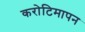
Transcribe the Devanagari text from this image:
करोटिमापन